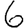
Digit: 6